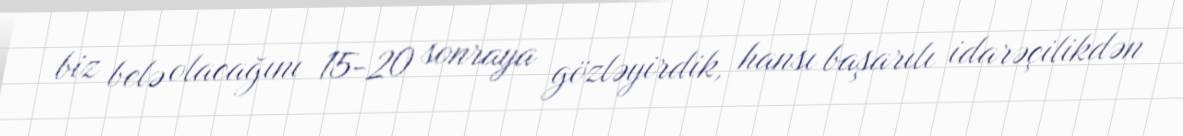
biz belə olacağını 15-20 sonraya gözləyirdik, hansı başarılı idarəçilikdən